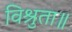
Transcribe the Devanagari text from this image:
विश्रुता॥